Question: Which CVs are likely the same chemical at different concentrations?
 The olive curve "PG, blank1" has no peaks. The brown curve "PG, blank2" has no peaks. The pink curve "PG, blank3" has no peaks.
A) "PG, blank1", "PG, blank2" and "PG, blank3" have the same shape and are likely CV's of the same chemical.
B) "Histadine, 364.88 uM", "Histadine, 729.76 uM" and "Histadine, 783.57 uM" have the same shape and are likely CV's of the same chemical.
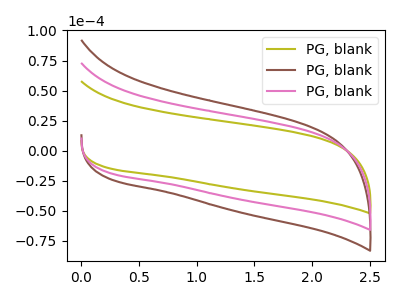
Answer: <think>Neither "PG, blank1" or "PG, blank2" have any peaks. Neither "PG, blank1" or "PG, blank3" have any peaks. Neither "PG, blank2" or "PG, blank3" have any peaks.
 </think>
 <answer>A) "PG, blank1", "PG, blank2" and "PG, blank3" have the same shape and are likely CV's of the same chemical.</answer>
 <eval>A</eval>